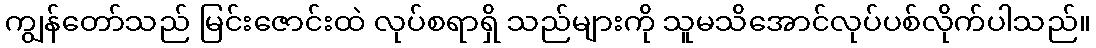
ကျွန်တော်သည် မြင်းဇောင်းထဲ လုပ်စရာရှိ သည်များကို သူမသိအောင်လုပ်ပစ်လိုက်ပါသည်။